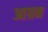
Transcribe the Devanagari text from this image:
आग्रन